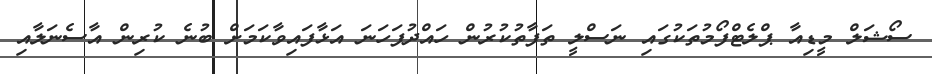
ސޯޝަލް މީޑިއާ ޕްލެޓްފޯމުތަކުގައި ނަސްލީ ތަފާތުކުރުން ހައްދުފަހަނަ އަޅާފައިވާކަމަށް ބުނެ ކުރިން އާސެނަލާއި